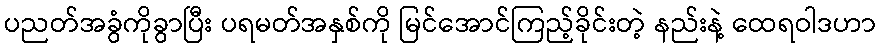
ပညတ်အခွံကိုခွာပြီး ပရမတ်အနှစ်ကို မြင်အောင်ကြည့်ခိုင်းတဲ့ နည်းနဲ့ ထေရဝါဒဟာ